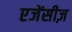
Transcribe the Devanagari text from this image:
एजेंसीज़